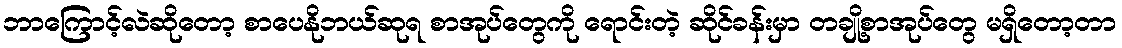
ဘာကြောင့်လဲဆိုတော့ စာပေနိုဘယ်ဆုရ စာအုပ်တွေကို ရောင်းတဲ့ ဆိုင်ခန်းမှာ တချို့စာအုပ်တွေ မရှိတော့တာ